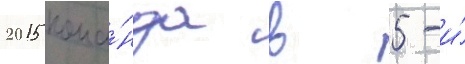
2015 кома́нда в 5-и́